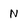
Character: N